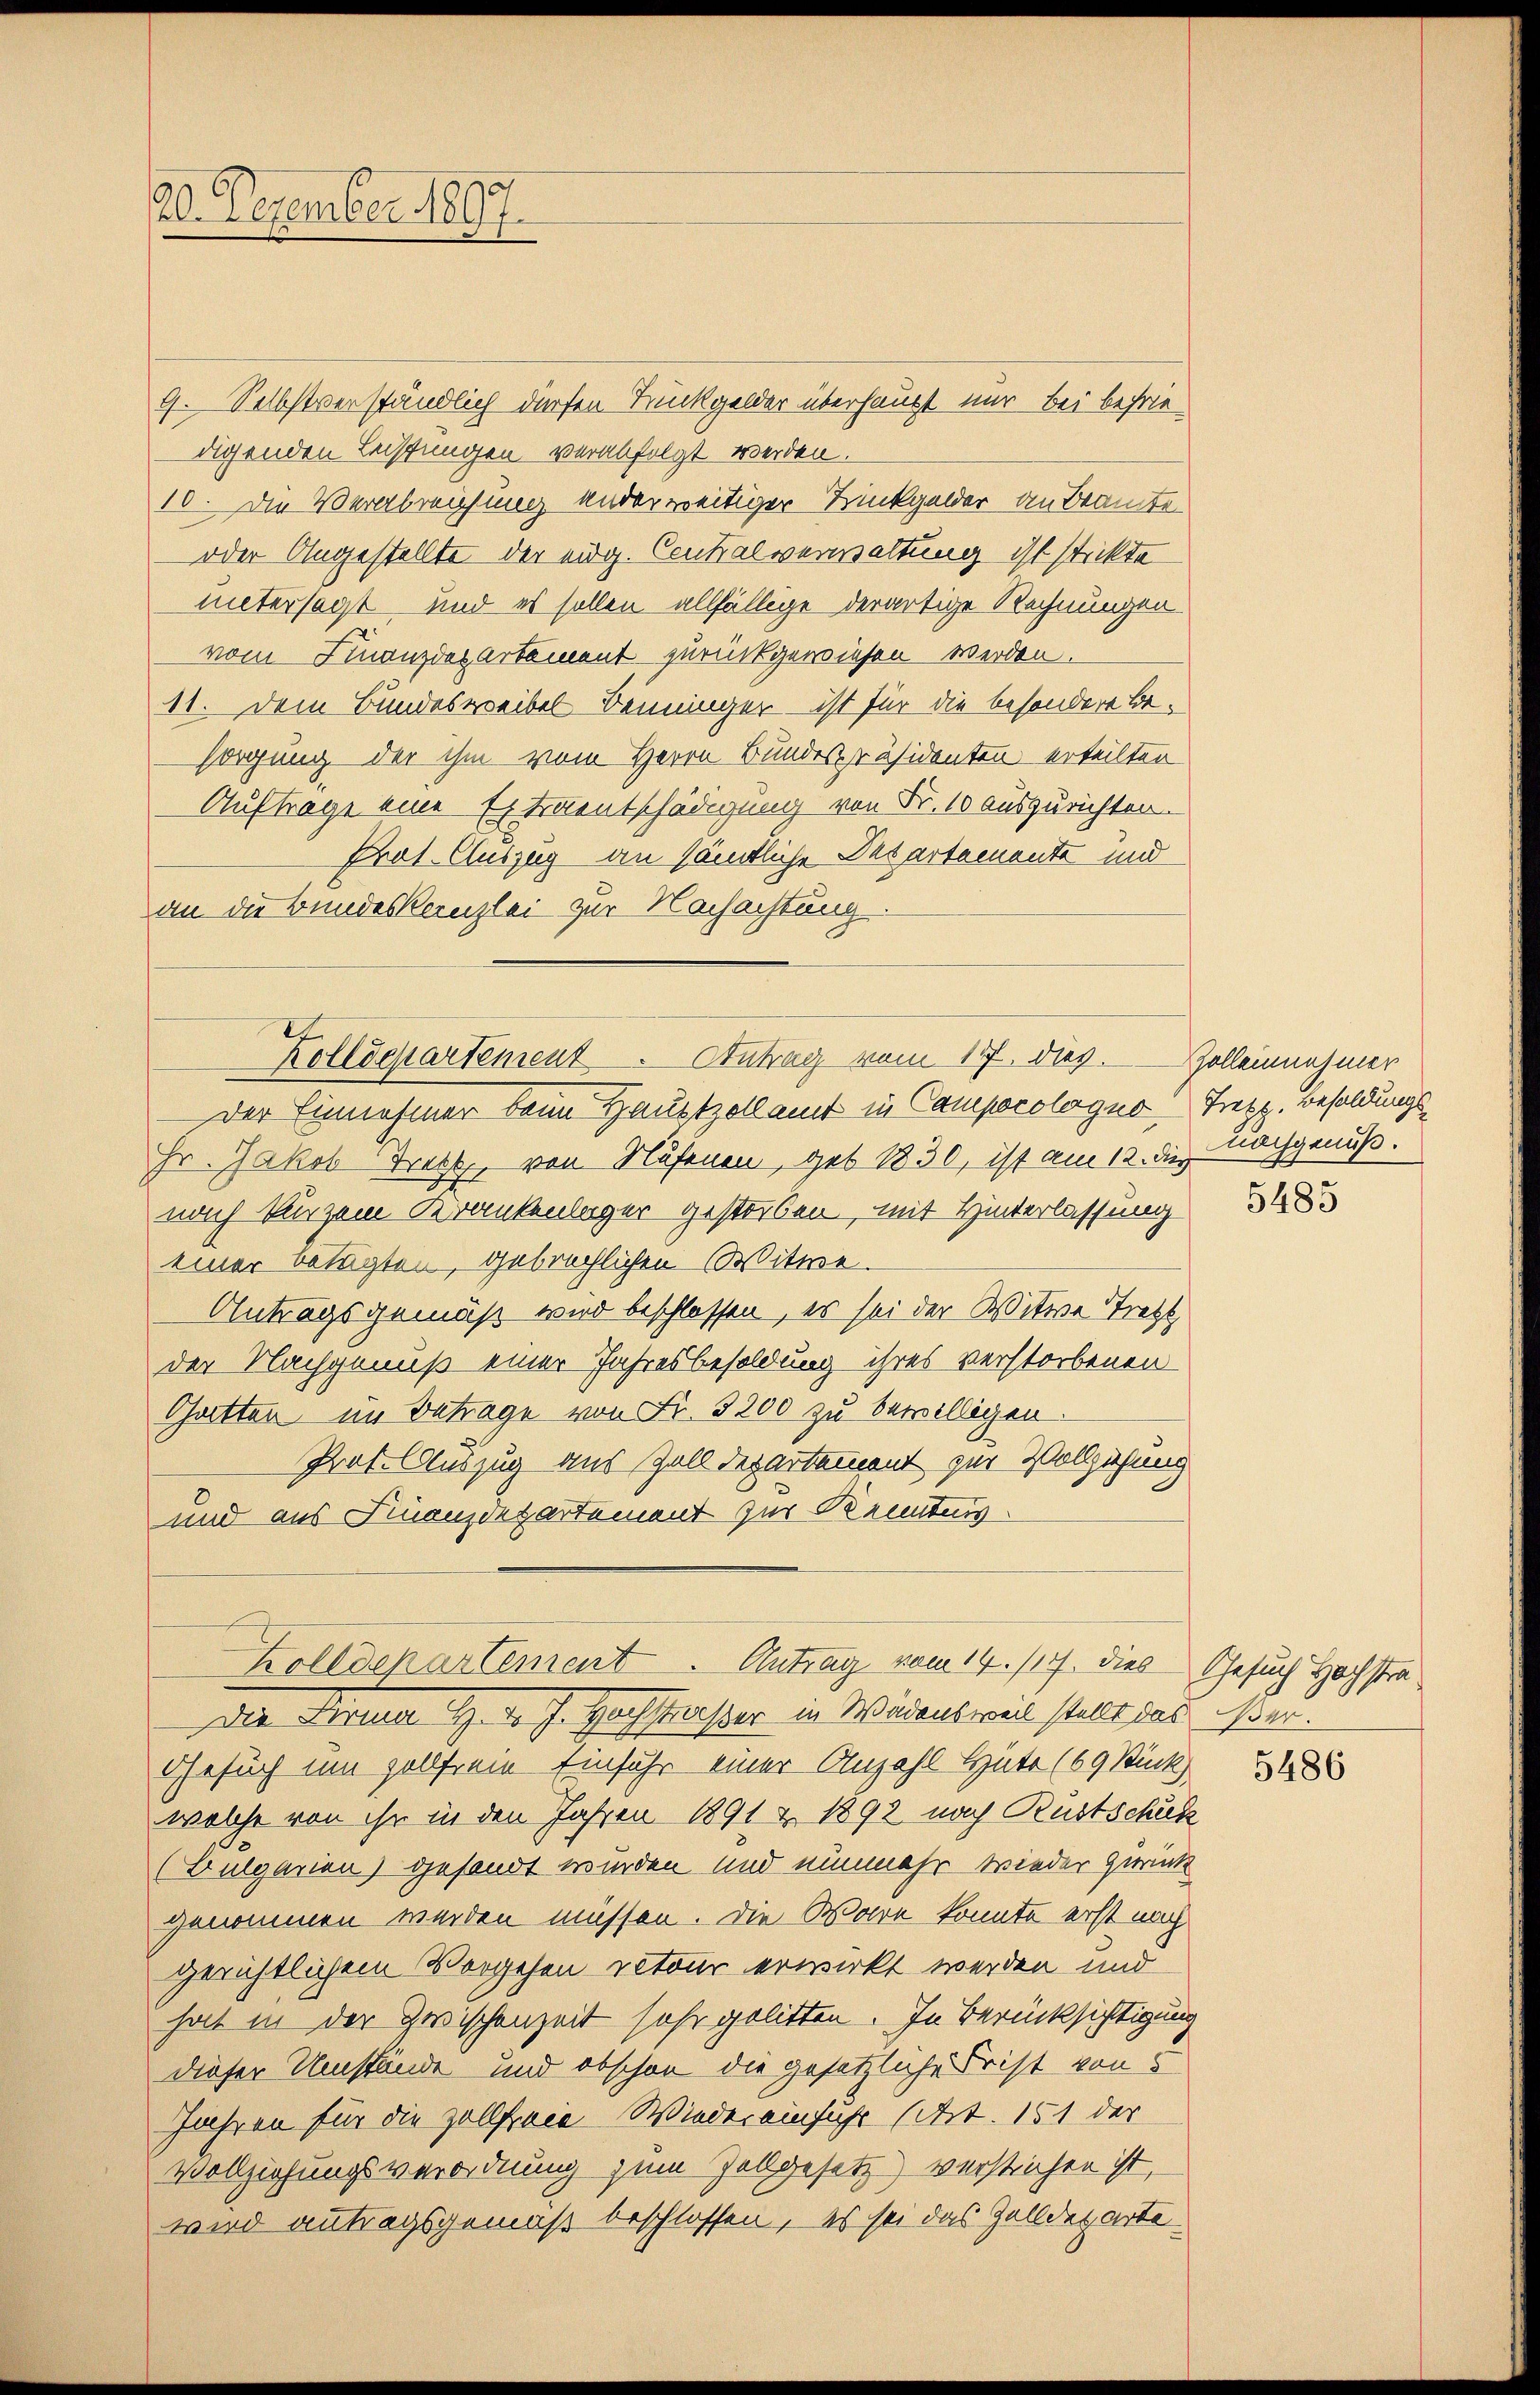
20. Dezember 1897

9. Selbstverständlich diesen Trückgelder überhaupt nur bei befrie
digenden Leistungen verabfolgt werden.
10. Die Verabreichung ander weitiger Trinkgelder an Beamte
oder Angestellte der eidg. Contralverwaltung ist stickte
untersagt und es sollen allfällige derartige Rechnungen
vom Finanzdepartement zurückgewiesen werden.
11. Dem Bundesweibel Benninger ist für die besondere Besorgung der ihm vom Herrn Bundespräsidenten erteilten
Auftrage eine Extraentschädigung von Fr. 10 auszurichten.
Prot. Auszug an sämtliche Departemente und
an die Bundeskanzlei zur Nachachtung.
Kollegiartement. Antrag vom 17. dies. Zolleinehmer
Der Einnahmer beim Hauptzollamt in Campacologno Trepp. Besoldungs¬
Hr. Jakob Trett, von Nufenen, geb. 1830, ist am 12. die Nachgenuß.
nach kurzem Krankenlager gestorben, mit Hinterlassung
einer betagten, gebrachlichen Witwe
Antragsgemäß wird beschlossen, es sei der Witwe Tretzt,
der Nachgenuß einer Jahresbesoldung ihres verstorbenen
Gatten im Betrage von Fr. 3200 zu bewilligen
Prot. Auszug aus Zolldepartement zur Vollziehung
und aus Finanzdepartement zur Kenntnis

Zolldepartement. Antrag vom 14. /17. dies Gesuch Hochstra¬

Die Firma H. v. J. Hochstraßer in Wädensweil stellt das iser.
Gesuch um sollfreie Einfuhr einer Anzahl Hüte (69 Stück
welche von ihr in den Jahren 1891 Z. 1892 nach Rustschuk
(Bulgarien) gesandt wurden und nunmehr wieder Zurücke
genommen werden müssen. Die Ware konnte erst nach
gerichtlichem Vorgehen retour erwirkt werden und
hat in der Zwischenzeit sehr gelitten. In Berücksichtigung
dieser Umstände und obschon die gesetzliche Frist von
Jahren für die Zollfreie Wieder einfuhr (Art. 151 der
Vollziehungsverordnung zum Zollgesetz) verstrichen ist,
wird antragsgemäß beschlossen, es sei das Gelldeparte

5485

5486